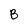
Character: B